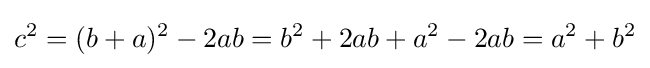
c^{2}=(b+a)^{2}-2ab=b^{2}+2ab+a^{2}-2ab=a^{2}+b^{2}